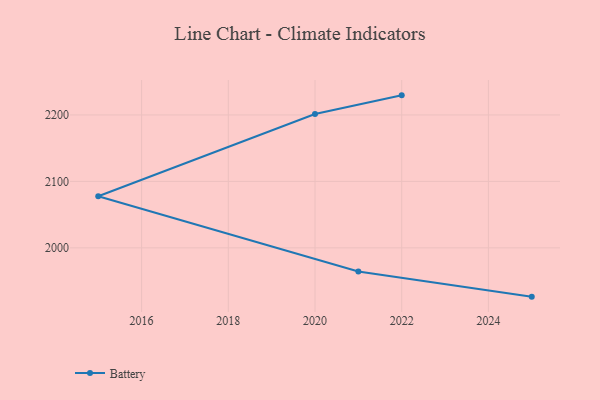
{"axis": {"x": "Year", "y": "Inventory Turnover"}, "legend": ["Battery"], "data": [{"x": "2022", "y": 2229.5, "type": "Battery"}, {"x": "2020", "y": 2201.4, "type": "Battery"}, {"x": "2015", "y": 2077.7, "type": "Battery"}, {"x": "2021", "y": 1964.5, "type": "Battery"}, {"x": "2025", "y": 1926.5, "type": "Battery"}]}